Burma Government Medical School reports 1923-41
Year: 1923
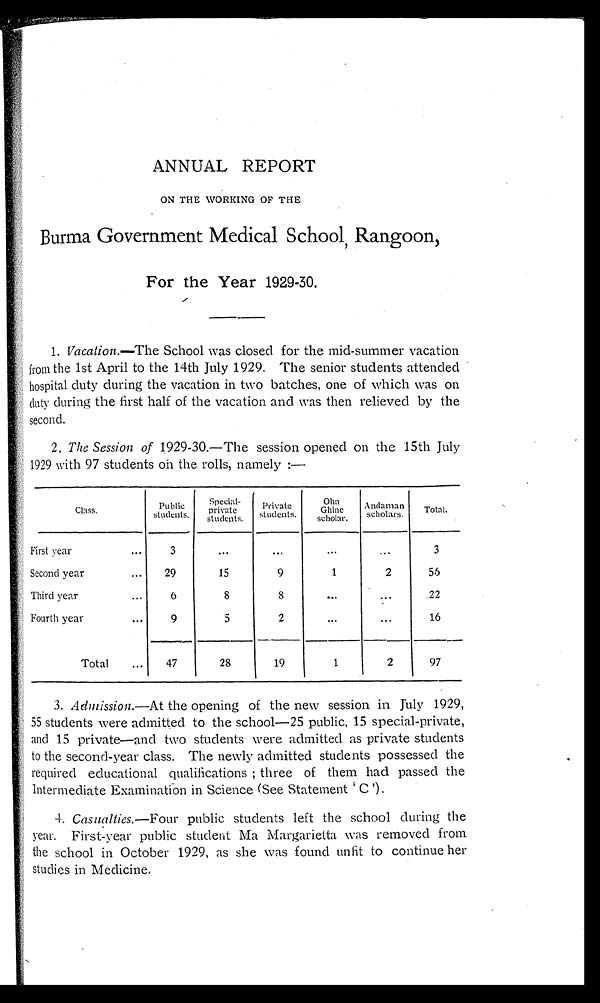
ANNUAL REPORT
ON THE WORKING OF THE
Burma Government Medical School, Rangoon,
For the Year 1929-30.
1. Vacation.— The School was closed for the mid-summer vacation
from the 1st April to the 14th July 1929. The senior students attended
hospital duty during the vacation in two batches, one of which was on
duty during the first half of the vacation and was then relieved by the
second.
2. The Session of 1929-30.—The session opened on the 15th July
1929 with 97 students oh the rolls, namely :—
Class.
Public
students.
Special-
private
students.
Private
s
t
den
tu
s.
O h n
Ghine
scholar.
Andaman
scholars.
Total.
First year . . .
3
. . .
. . .
. . .
. . .
3
Second year . . .
2 9
15
9
1
2
56
Third year . . .
6
8
8
. . .
. . .
22
Fourth year . . .
9
5
2
. . .
. . .
16
Total . . .
47
28
19
1
2
97
3. Admission.— At the opening of the new session in July 1929,
55 students were admitted to the school—25 public, 15 special-private,
and 15 private—and two students were admitted as private students
to the second-year class. The newly admitted students possessed the
required educational qualifications ; three of them had passed the
intermediate Examination in Science (See Statement 'C
' ) .
4. Casualties.— Four public students left the school during the
year. First-year public student Ma Margarietta was removed from
the school in October 1929, as she was found unfit to continue her
studies in Medicine.